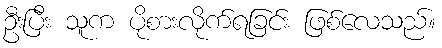
ဦးပြီး သူက ပိုစားလိုက်ရခြင်း ဖြစ်လေသည်။